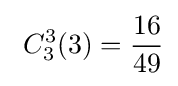
\ C_{3}^{3}(3)={\frac {16}{49}}